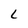
Character: L